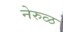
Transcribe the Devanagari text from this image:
नेरुळ